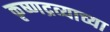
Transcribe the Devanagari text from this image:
कृष्णद्रव्याच्या